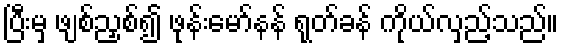
ပြီးမှ ဖျစ်ညှစ်၍ ဖုန်းမော်နန် ရုတ်ခန် ကိုယ်လှည့်သည်။